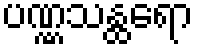
ပဏ္ဏသန္ထရော